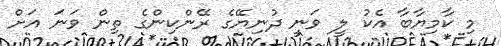
މި ކާމިޔާބާ އެކު ލީ ވަނީ ދުނިޔޭގެ ރޭންކިންގެ ތިން ވަނަ އަށް